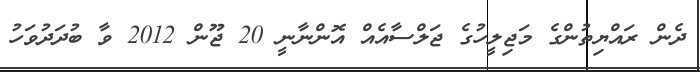
ދެން ރައްޔިތުންގެ މަޖިލީހުގެ ޖަލްސާއެއް އޮންނާނީ 20 ޖޫން 2012 ވާ ބުދަދުވަހު